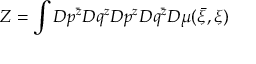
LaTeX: Z = \int D p ^ { \bar { z } } D q ^ { z } D p ^ { z } D q ^ { \bar { z } } D \mu ( { \bar { \xi } } , \xi )